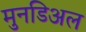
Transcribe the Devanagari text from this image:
मुनडिअल